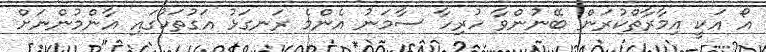
އޯ އަކީ އިމާރާތްކުރަން ބޭނުންވާ ހުރިހާ ސާމަނު އެންމެ ރަނގަޅު އަގުތަކުގައި އާންމުންނަށް